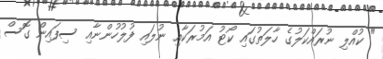
" ކުއްލި ނުރައްކަލުގެ ހާލަތުގައި ކޯޓު އަމުރަކާއި ނުލައި ފުލުހުންނާއި ސިފައިން ގޮސް